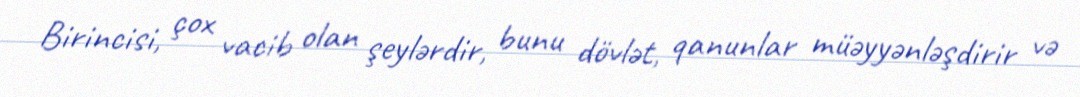
Birincisi, çox vacib olan şeylərdir, bunu dövlət, qanunlar müəyyənləşdirir və